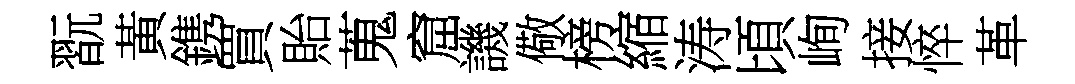
翫黃鎸買貽蒐窟譏儆榜縮涛頃峋接悴革